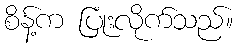
စိန့်က ပြုံးလိုက်သည်။